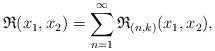
LaTeX: \begin{align*}\mathfrak{R}(x_1,x_2)=\sum_{n=1}^{\infty} \mathfrak{R}_{(n,k)}(x_1,x_2),\end{align*}